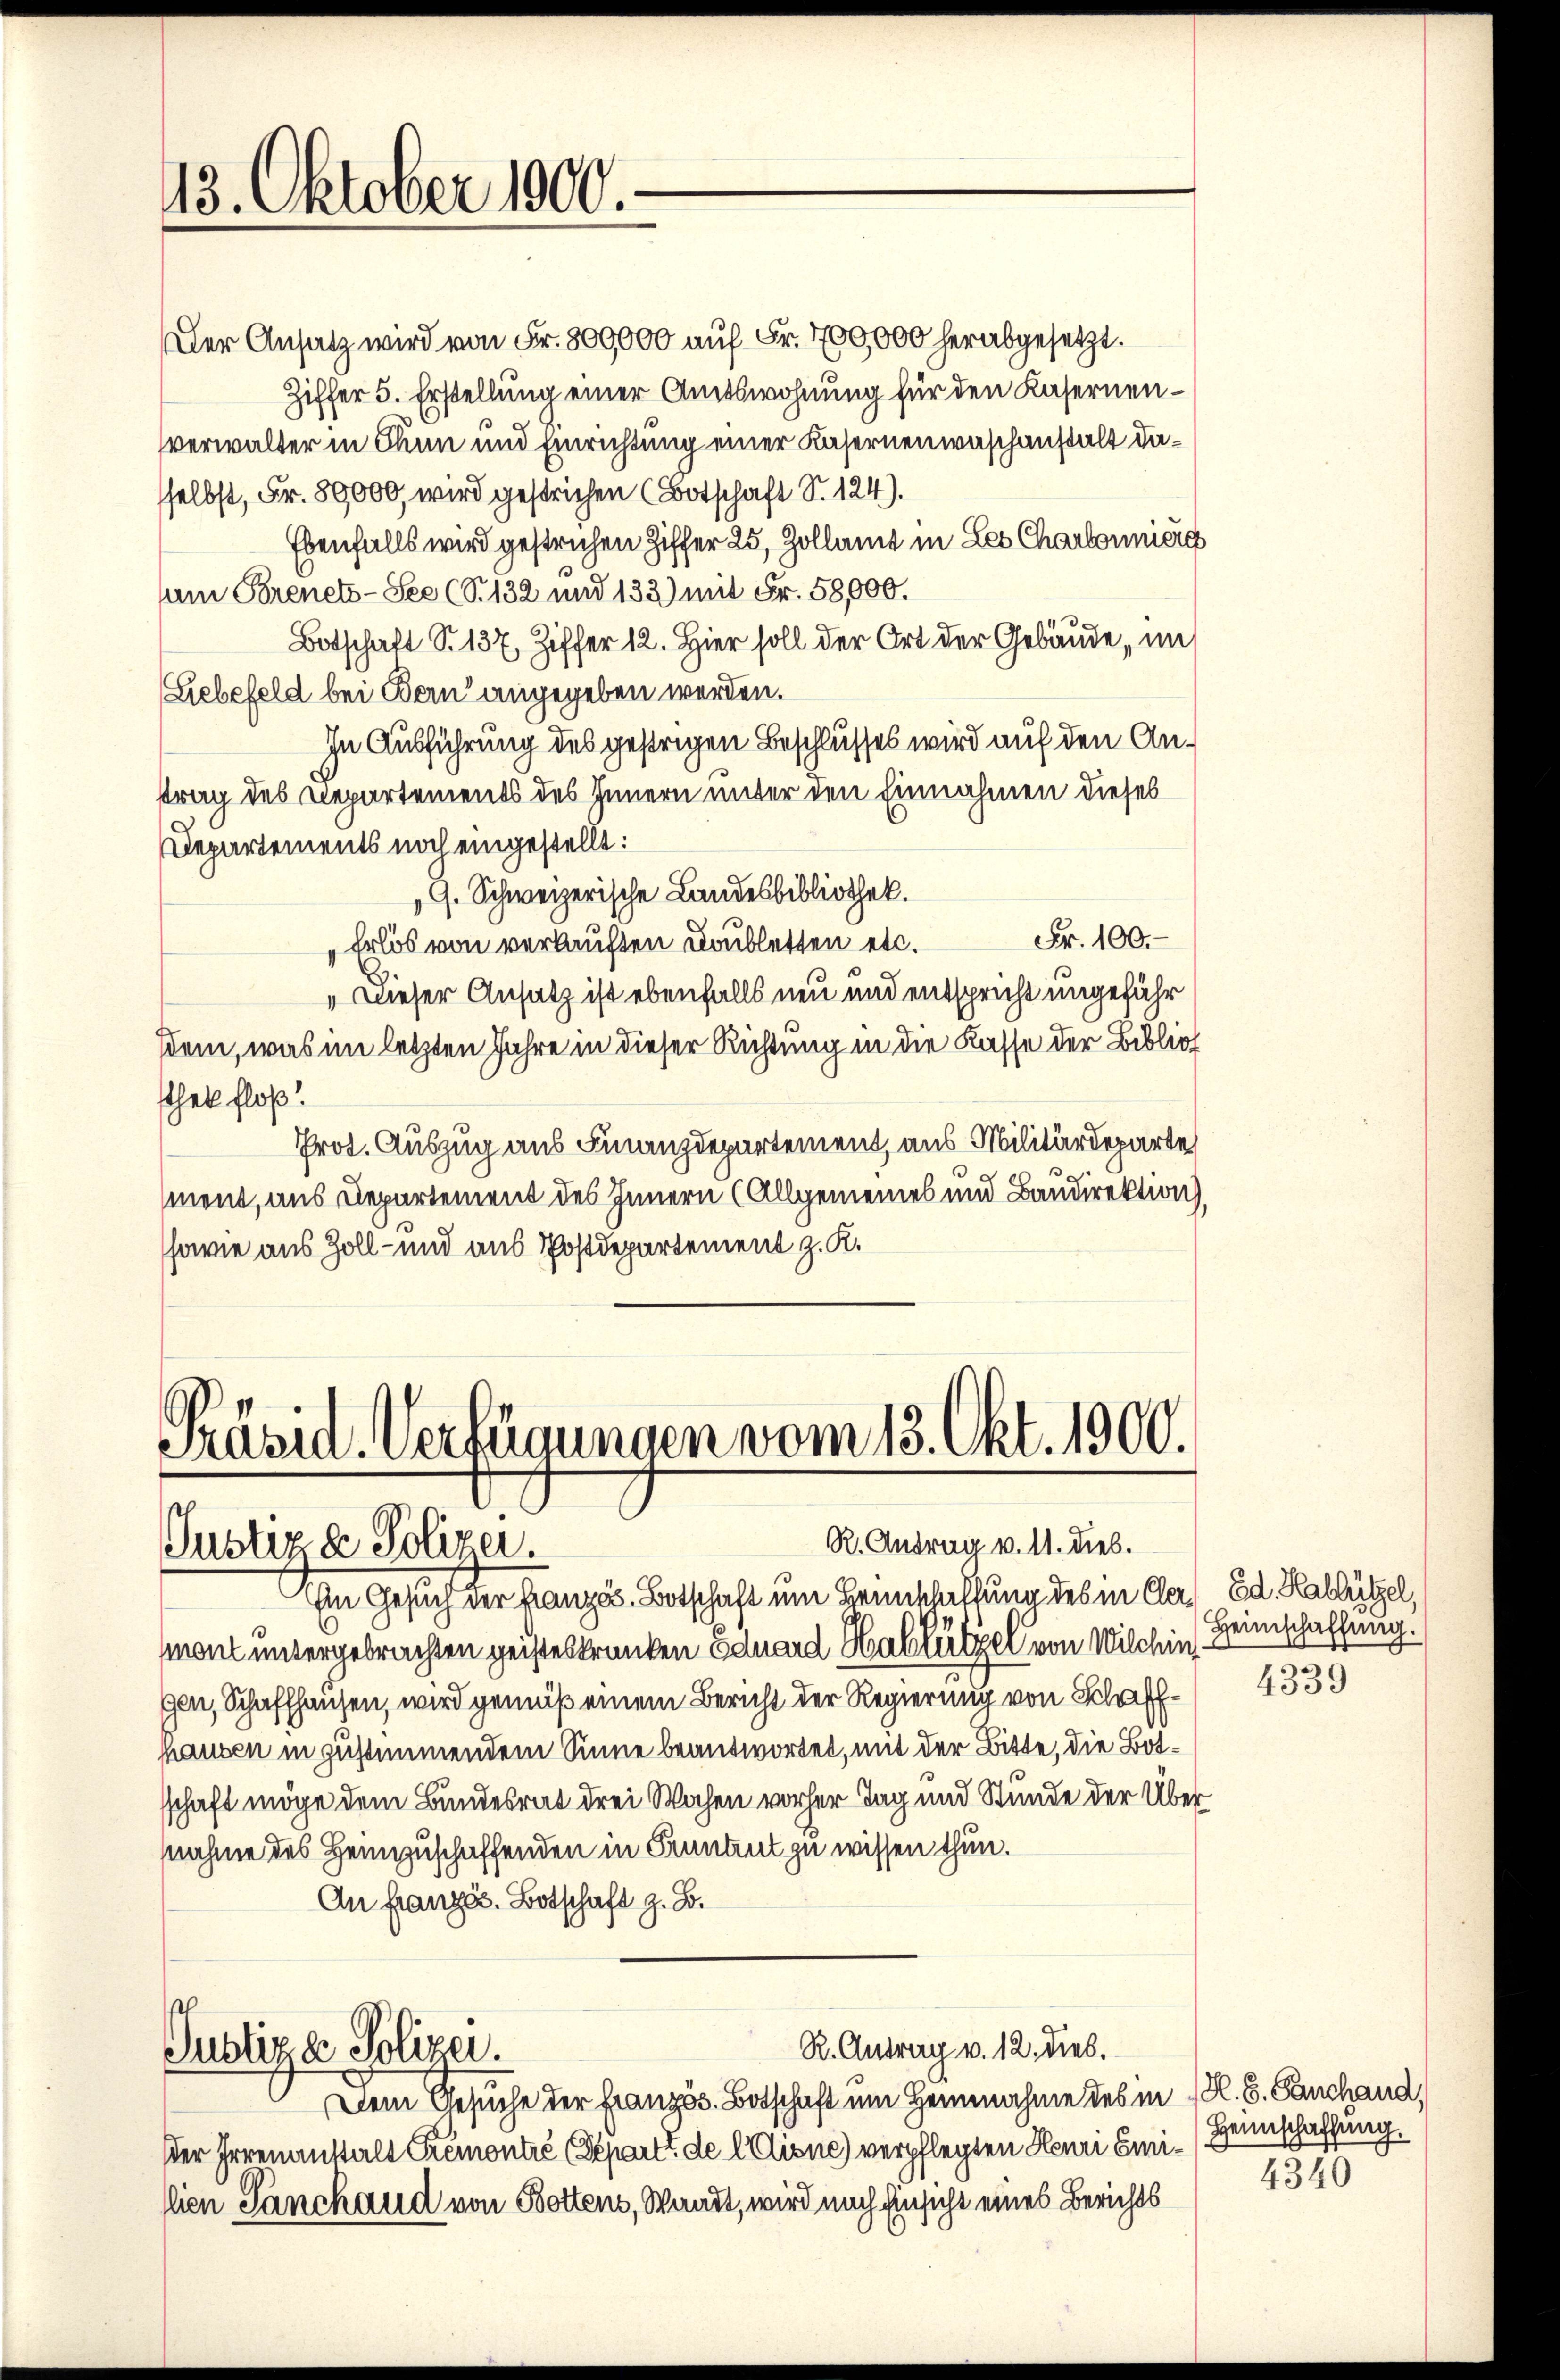
13. Oktober 1900.

Der Ansatz wird von Fr. 800000 auf Fr. 700,000 herabgesetzt.
Ziffer 5. Erstellung einer Amtswohnung für den Kasernenverwalter in Thun und Einrichtung einer Kasernenwaschanstalt dasselbst, Fr. 89000, wird gestrichen (Botschaft S. 124).
Ebenfalls wird gestrichen Ziffer 25, Zollamt in Les Charlonniere
sum Brenets-See (S. 132 und 132) mit Fr. 58,000.
Botschaft S. 137, Ziffer 12. Hier soll der Ort der Gebäude, im
Liebefeld bei Bern angegeben werden.
In Ausführung des gestrigen Beschlusses wird auf den Antrag des Departements des Innern unter den Einnahmen dieses
Departements noch eingestellt:
G. Schweizerische Landesbibliothek.
Fr. 100.
Erlös von verkauften Doubletten etc.
„Dieser Ansatz ist ebenfalls neu und entspricht ungefähr
sdem, was im letzten Jahre in dieser Richtung in die Kasse der Bibliot
sthet floß!
Prot. Auszug aus Finanzdepartement, aus Militärdeparte
ment, aus Departement des Innern (Allgemeines und Baudirektion,
sowie aus Zoll- und aus Postdepartement z. K.

Präsid. Verfügungen vom 13. Okt. 1900.
R. Antrag v. 11. Dieb.
Justiz & Polizei.

Justiz & Polizei.

R. Antrag v. 12. dies.

Im Gesuch der Französ. Botschaft um Beinschaffung des in Clar. Ed. Hablützel,
mont untergebrachten geisteskranken Eduard Hablützel von Wilchin
gen, Schaffhausen, wird gemäß einem Bericht der Regierung von Schaffhausen in zustimmendem Sinne beantwortet, mit der Bitte, die Botschaft möge dem Bundesrat drei Wochen vorher Tag und Stunde der Über
nahme des Heimzuschaffenden in Pruntrut zu wissen thun.
An Französ. Botschaft z. B.

Dem Gesuche der Französ. Botschaft um Heimahme des in K. G. Sanchand,
der Irrenanstalt Tremontré (Depart de Clisne) verpflegten Henri Einillien Sanchaud von Bottens, Waadt, wird nach Einsicht eines Berichts

Heimschaffung.
4339

Heimschaffung.
4340